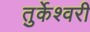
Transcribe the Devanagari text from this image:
तुर्केश्वरी